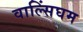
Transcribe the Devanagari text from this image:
वाल्सिंघम